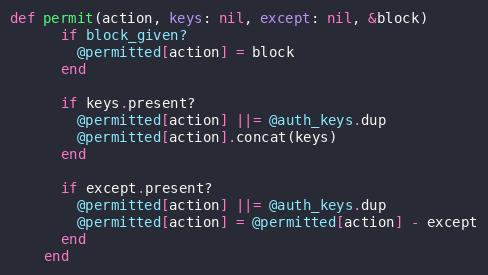
Language: Ruby
def permit(action, keys: nil, except: nil, &block)
      if block_given?
        @permitted[action] = block
      end

      if keys.present?
        @permitted[action] ||= @auth_keys.dup
        @permitted[action].concat(keys)
      end

      if except.present?
        @permitted[action] ||= @auth_keys.dup
        @permitted[action] = @permitted[action] - except
      end
    end